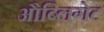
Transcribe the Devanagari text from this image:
औब्लिगेट